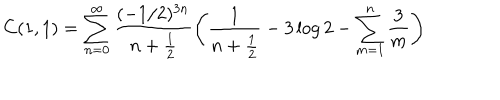
C ( 1 , 1 ) = \sum _ { n = 0 } ^ { \infty } \frac { ( - 1 / 2 ) ^ { 3 n } } { n + \frac 1 2 } \left( \frac { 1 } { n + \frac 1 2 } - 3 \log 2 - \sum _ { m = 1 } ^ { n } \frac { 3 } { m } \right)